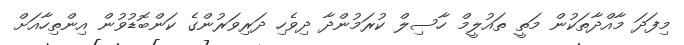
މިފަދަ މާއްދާތަކުން މަތީ ތައުލީމް ހާސިލް ކުރަމުންދާ ދިވެހި ދަރިވަރުންގެ ކަންބޮޑުވުން އިންތިހާއަށް